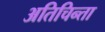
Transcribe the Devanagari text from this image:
अतिचिन्ता